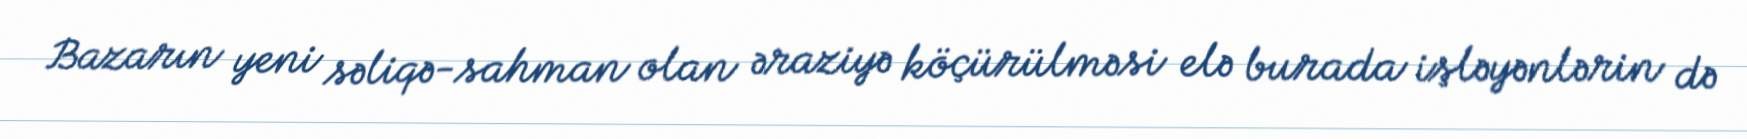
Bazarın yeni səliqə-sahman olan əraziyə köçürülməsi elə burada işləyənlərin də